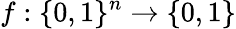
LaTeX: f:\{ 0,1\} ^{n}\rightarrow\{ 0,1\}